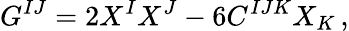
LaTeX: G^{IJ}=2X^{I}X^{J}-6C^{IJK}X_{K}\, ,